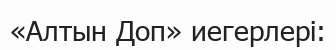
«Алтын Доп» иегерлері: